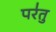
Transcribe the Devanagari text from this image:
पर॑तु